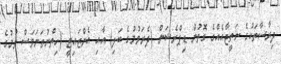
ދިރާސާތަކުގެ ނަތީޖާއެއްގެ ގޮތުން ޑިޕްރެޝަން (ދެރަވުމުގެ ބަލި) އާއި އެންޒައިޓީ (ހިތްނުތަނަވަސް ވުމުގެ